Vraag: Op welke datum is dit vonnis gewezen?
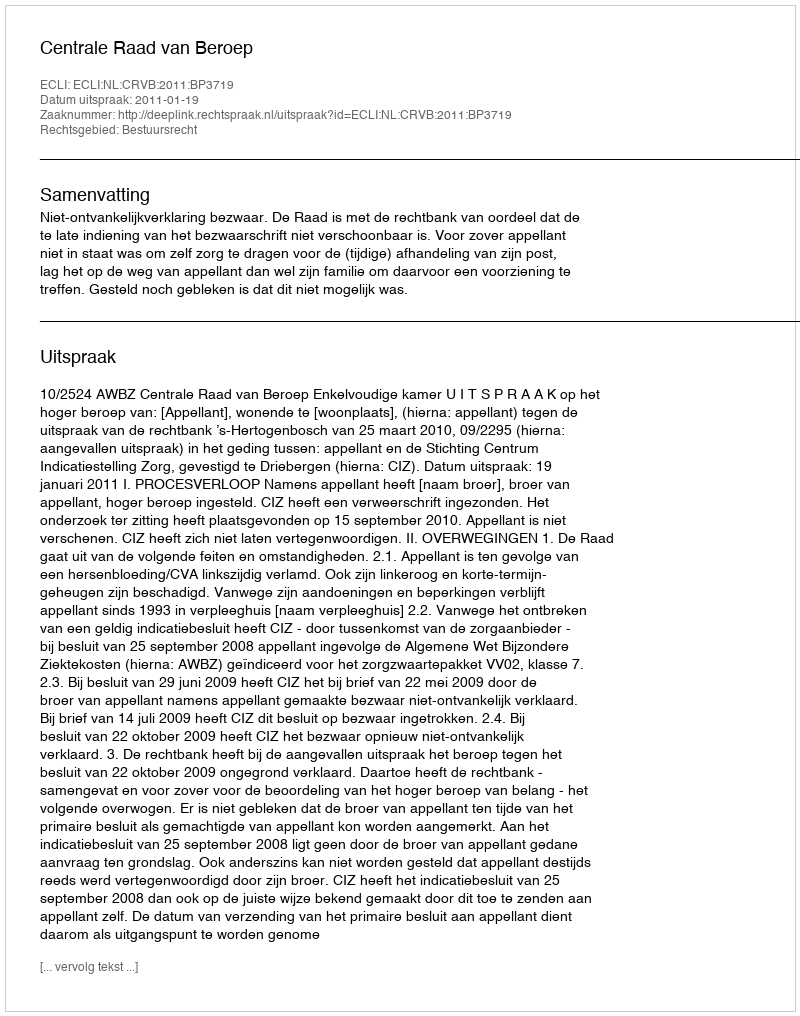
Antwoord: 2011-01-19